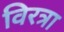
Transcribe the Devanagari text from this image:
विरत्रा